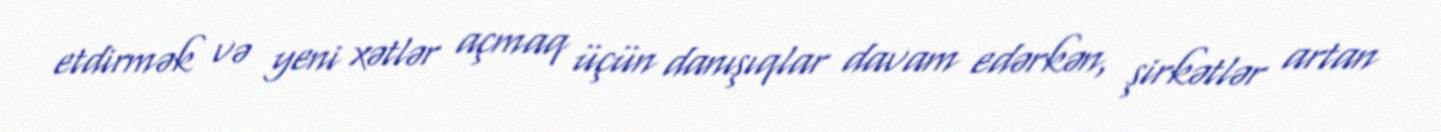
etdirmək və yeni xətlər açmaq üçün danışıqlar davam edərkən, şirkətlər artan